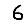
Digit: 6